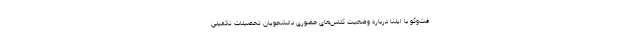
فت‌وگو با ایلنا درباره وضعیت کلاس‌‌های حضوری دانشجویان تحصیلات تکمیلی